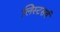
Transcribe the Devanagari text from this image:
लिस्टसर्व